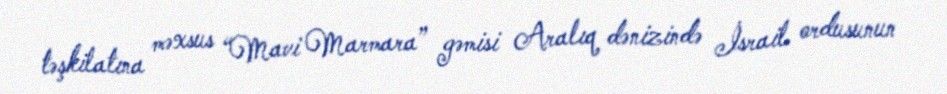
təşkilatına məxsus “Mavi Marmara” gəmisi Aralıq dənizində İsrail ordusunun